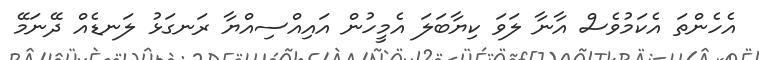
އެހެންތަ އެކަމުވެސް އާނާ ލަވަ ކިޔާބަލަ އެމީހުން އައިއްސިއްޔާ ރަނގަޅު ލަނޑެއް ދޭނަމޭ